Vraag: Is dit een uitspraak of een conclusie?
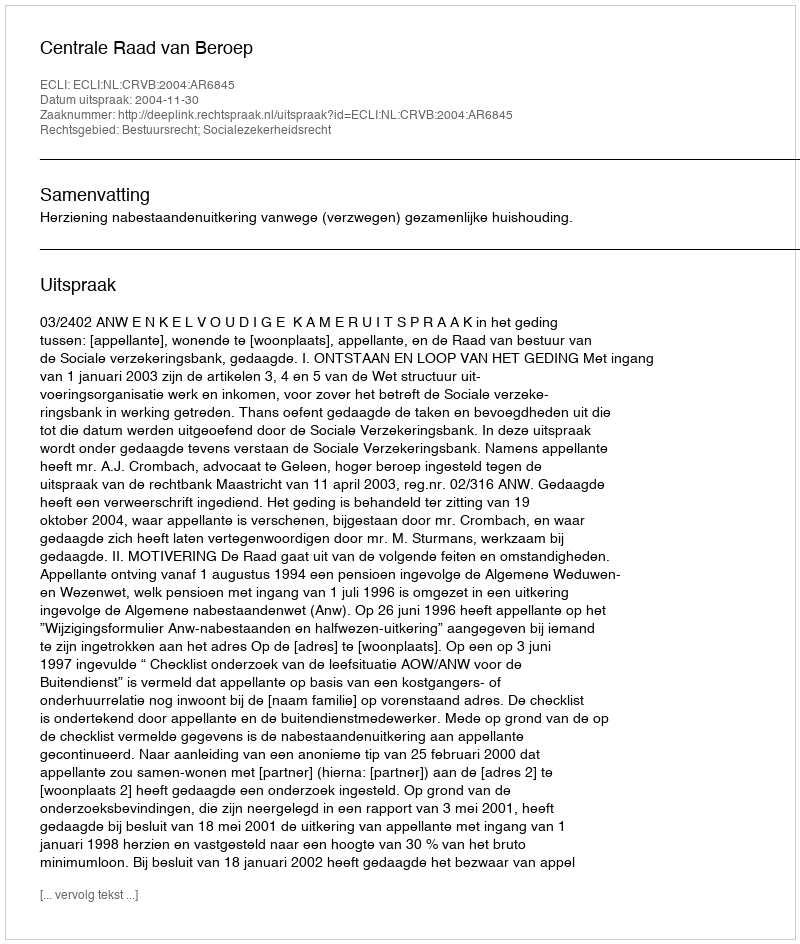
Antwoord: Uitspraak